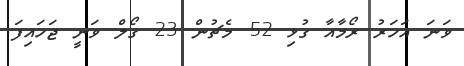
ވަނަ އަހަރު ރޯމާއާ ގުޅި 52 މެޗުން 23 ގޯލް ވަނީ ޖަހައިފަ